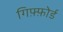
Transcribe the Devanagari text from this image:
गिफ़्फ़ोर्ड